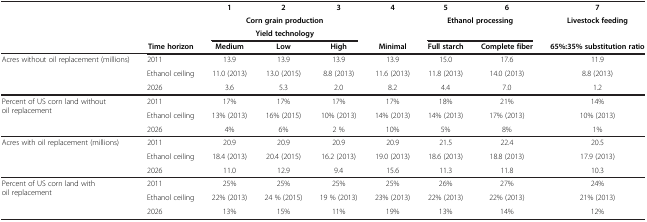
<table><thead><tr><td><b> </b></td><td><b> </b></td><td><b>1</b></td><td><b>2</b></td><td><b>3</b></td><td><b>4</b></td><td><b>5</b></td><td><b>6</b></td><td><b>7</b></td></tr><tr><td rowspan="2"><b> </b></td><td rowspan="2"><b> </b></td><td colspan="3"><b>Corn grain production</b></td><td rowspan="2"><b> </b></td><td rowspan="2" colspan="2"><b>Ethanol processing</b></td><td rowspan="2"><b>Livestock feeding</b></td></tr><tr><td colspan="3"><b>Yield technology</b></td></tr><tr><td><b> </b></td><td><b>Time horizon</b></td><td><b>Medium</b></td><td><b>Low</b></td><td><b>High</b></td><td><b>Minimal</b></td><td><b>Full starch</b></td><td><b>Complete fiber</b></td><td><b>65%:35% substitution ratio</b></td></tr></thead><tbody><tr><td rowspan="2">Acres without oil replacement (millions)</td><td>2011</td><td>13.9</td><td>13.9</td><td>13.9</td><td>13.9</td><td>15.0</td><td>17.6</td><td>11.9</td></tr><tr><td>Ethanol ceiling</td><td>11.0 (2013)</td><td>13.0 (2015)</td><td>8.8 (2013)</td><td>11.6 (2013)</td><td>11.8 (2013)</td><td>14.0 (2013)</td><td>8.8 (2013)</td></tr><tr><td> </td><td>2026</td><td>3.6</td><td>5.3</td><td>2.0</td><td>8.2</td><td>4.4</td><td>7.0</td><td>1.2</td></tr><tr><td rowspan="2">Percent of US corn land without oil replacement</td><td>2011</td><td>17%</td><td>17%</td><td>17%</td><td>17%</td><td>18%</td><td>21%</td><td>14%</td></tr><tr><td>Ethanol ceiling</td><td>13% (2013)</td><td>16% (2015)</td><td>10% (2013)</td><td>14% (2013)</td><td>14% (2013)</td><td>17% (2013)</td><td>10% (2013)</td></tr><tr><td> </td><td>2026</td><td>4%</td><td>6%</td><td>2 %</td><td>10%</td><td>5%</td><td>8%</td><td>1%</td></tr><tr><td rowspan="2">Acres with oil replacement (millions)</td><td>2011</td><td>20.9</td><td>20.9</td><td>20.9</td><td>20.9</td><td>21.5</td><td>22.4</td><td>20.5</td></tr><tr><td>Ethanol ceiling</td><td>18.4 (2013)</td><td>20.4 (2015)</td><td>16.2 (2013)</td><td>19.0 (2013)</td><td>18.6 (2013)</td><td>18.8 (2013)</td><td>17.9 (2013)</td></tr><tr><td> </td><td>2026</td><td>11.0</td><td>12.9</td><td>9.4</td><td>15.6</td><td>11.3</td><td>11.8</td><td>10.3</td></tr><tr><td rowspan="2">Percent of US corn land with oil replacement</td><td>2011</td><td>25%</td><td>25%</td><td>25%</td><td>25%</td><td>26%</td><td>27%</td><td>24%</td></tr><tr><td>Ethanol ceiling</td><td>22% (2013)</td><td>24 % (2015)</td><td>19 % (2013)</td><td>23% (2013)</td><td>22% (2013)</td><td>22% (2013)</td><td>21% (2013)</td></tr><tr><td> </td><td>2026</td><td>13%</td><td>15%</td><td>11%</td><td>19%</td><td>13%</td><td>14%</td><td>12%</td></tr></tbody></table>